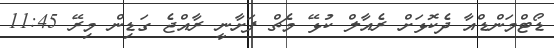
ޑޯޓްމަންޑްއާ ދެކޮޅަށް ރެއާލް ކުޅޭ މެޗް ފަށާނީ ރާއްޖެ ގަޑިން މިރޭ 11:45